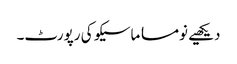
دیکھیے نومسا ماسیکو کی رپورٹ۔